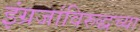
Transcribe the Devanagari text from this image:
इंग्रजांविरुद्धच्या